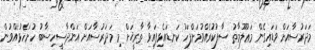
މަދަރުސާއަށް ވަޑައިގެން މަޢުލޫމާތު ސާފުކުރެއްވުމަށްފަހު ކަނޑައެޅިފައިވާ ތާރީޚަށް މި މަދަރުސާއަށް އަންދާސީހިސާބު ހުށަހެޅުއްވުން